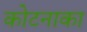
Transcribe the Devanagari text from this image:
कोटनाका